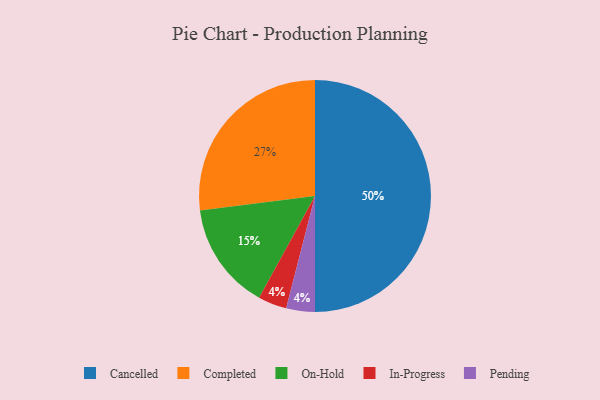
{"axis": {"x": "Category", "y": "Percentage"}, "legend": ["Cancelled", "Completed", "In-Progress", "On-Hold", "Pending"], "data": [{"x": "Cancelled", "y": 50, "type": "Cancelled"}, {"x": "In-Progress", "y": 4, "type": "In-Progress"}, {"x": "Pending", "y": 4, "type": "Pending"}, {"x": "Completed", "y": 27, "type": "Completed"}, {"x": "On-Hold", "y": 15, "type": "On-Hold"}]}